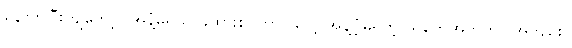
နောက်ပြီးကျတော့ (အနံ့မရသူ ခွဲထားစင်တာ) ပေါ့၊ အန့ံ့မရတဲ့ သူတွေအတွက် (အကျဉ်း)